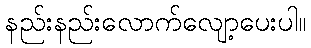
နည်းနည်းလောက်လျော့ပေးပါ။